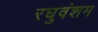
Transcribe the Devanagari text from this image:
रघुवंशम